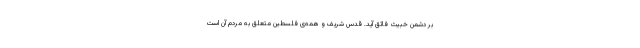
بر دشمن خبیث فائق آید. قدس شریف و همه‌ی فلسطین متعلّق به مردم آن است